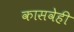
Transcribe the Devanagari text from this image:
कासवेही